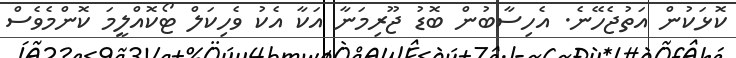
ކޮޅަކުން އަތުޖެހޭނެ. އެހިސާބުން ބޮޑު ޖޫރިމަނާ އަކާ އެކު ވެހިކަލް ޓޯކޮއްލީމަ ކޮންމެވެސް